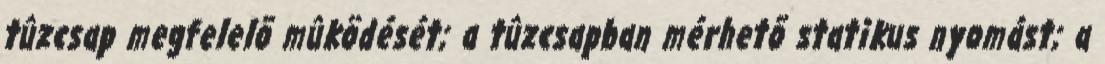
tûzcsap megfelelõ mûködését; a tûzcsapban mérhetõ statikus nyomást; a